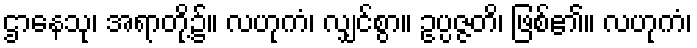
ဌာနေသု၊ အရာတို့၌။ လဟုကံ၊ လျှင်စွာ။ ဥပ္ပဇ္ဇတိ၊ ဖြစ်၏။ လဟုကံ၊